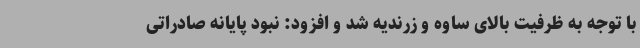
با توجه به ظرفیت بالای ساوه و زرندیه شد و افزود: نبود پایانه صادراتی